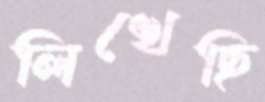
লিখেছি